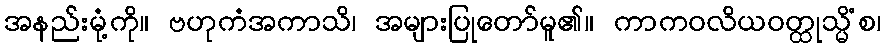
အနည်းမုံ့ကို။ ဗဟုကံအကာသိ၊ အများပြုတော်မူ၏။ ကာကဝလိယဝတ္ထုသ္မိံစ၊